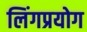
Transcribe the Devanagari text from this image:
लिंगप्रयोग